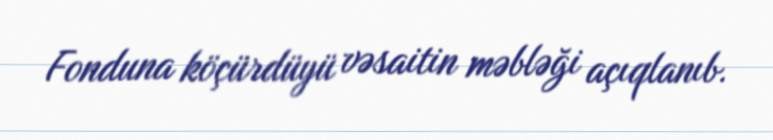
Fonduna köçürdüyü vəsaitin məbləği açıqlanıb.